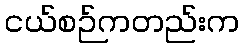
ငယ်စဉ်ကတည်းက